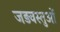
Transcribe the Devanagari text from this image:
जड़वस्तुओं